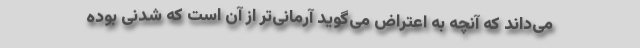
می‌داند که آنچه به اعتراض می‌گوید آرمانی‌تر از آن است که شدنی بوده